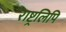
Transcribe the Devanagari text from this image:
राष्ट्रलिपि